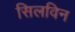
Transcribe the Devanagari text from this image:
सिलविन